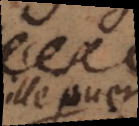
ille puer